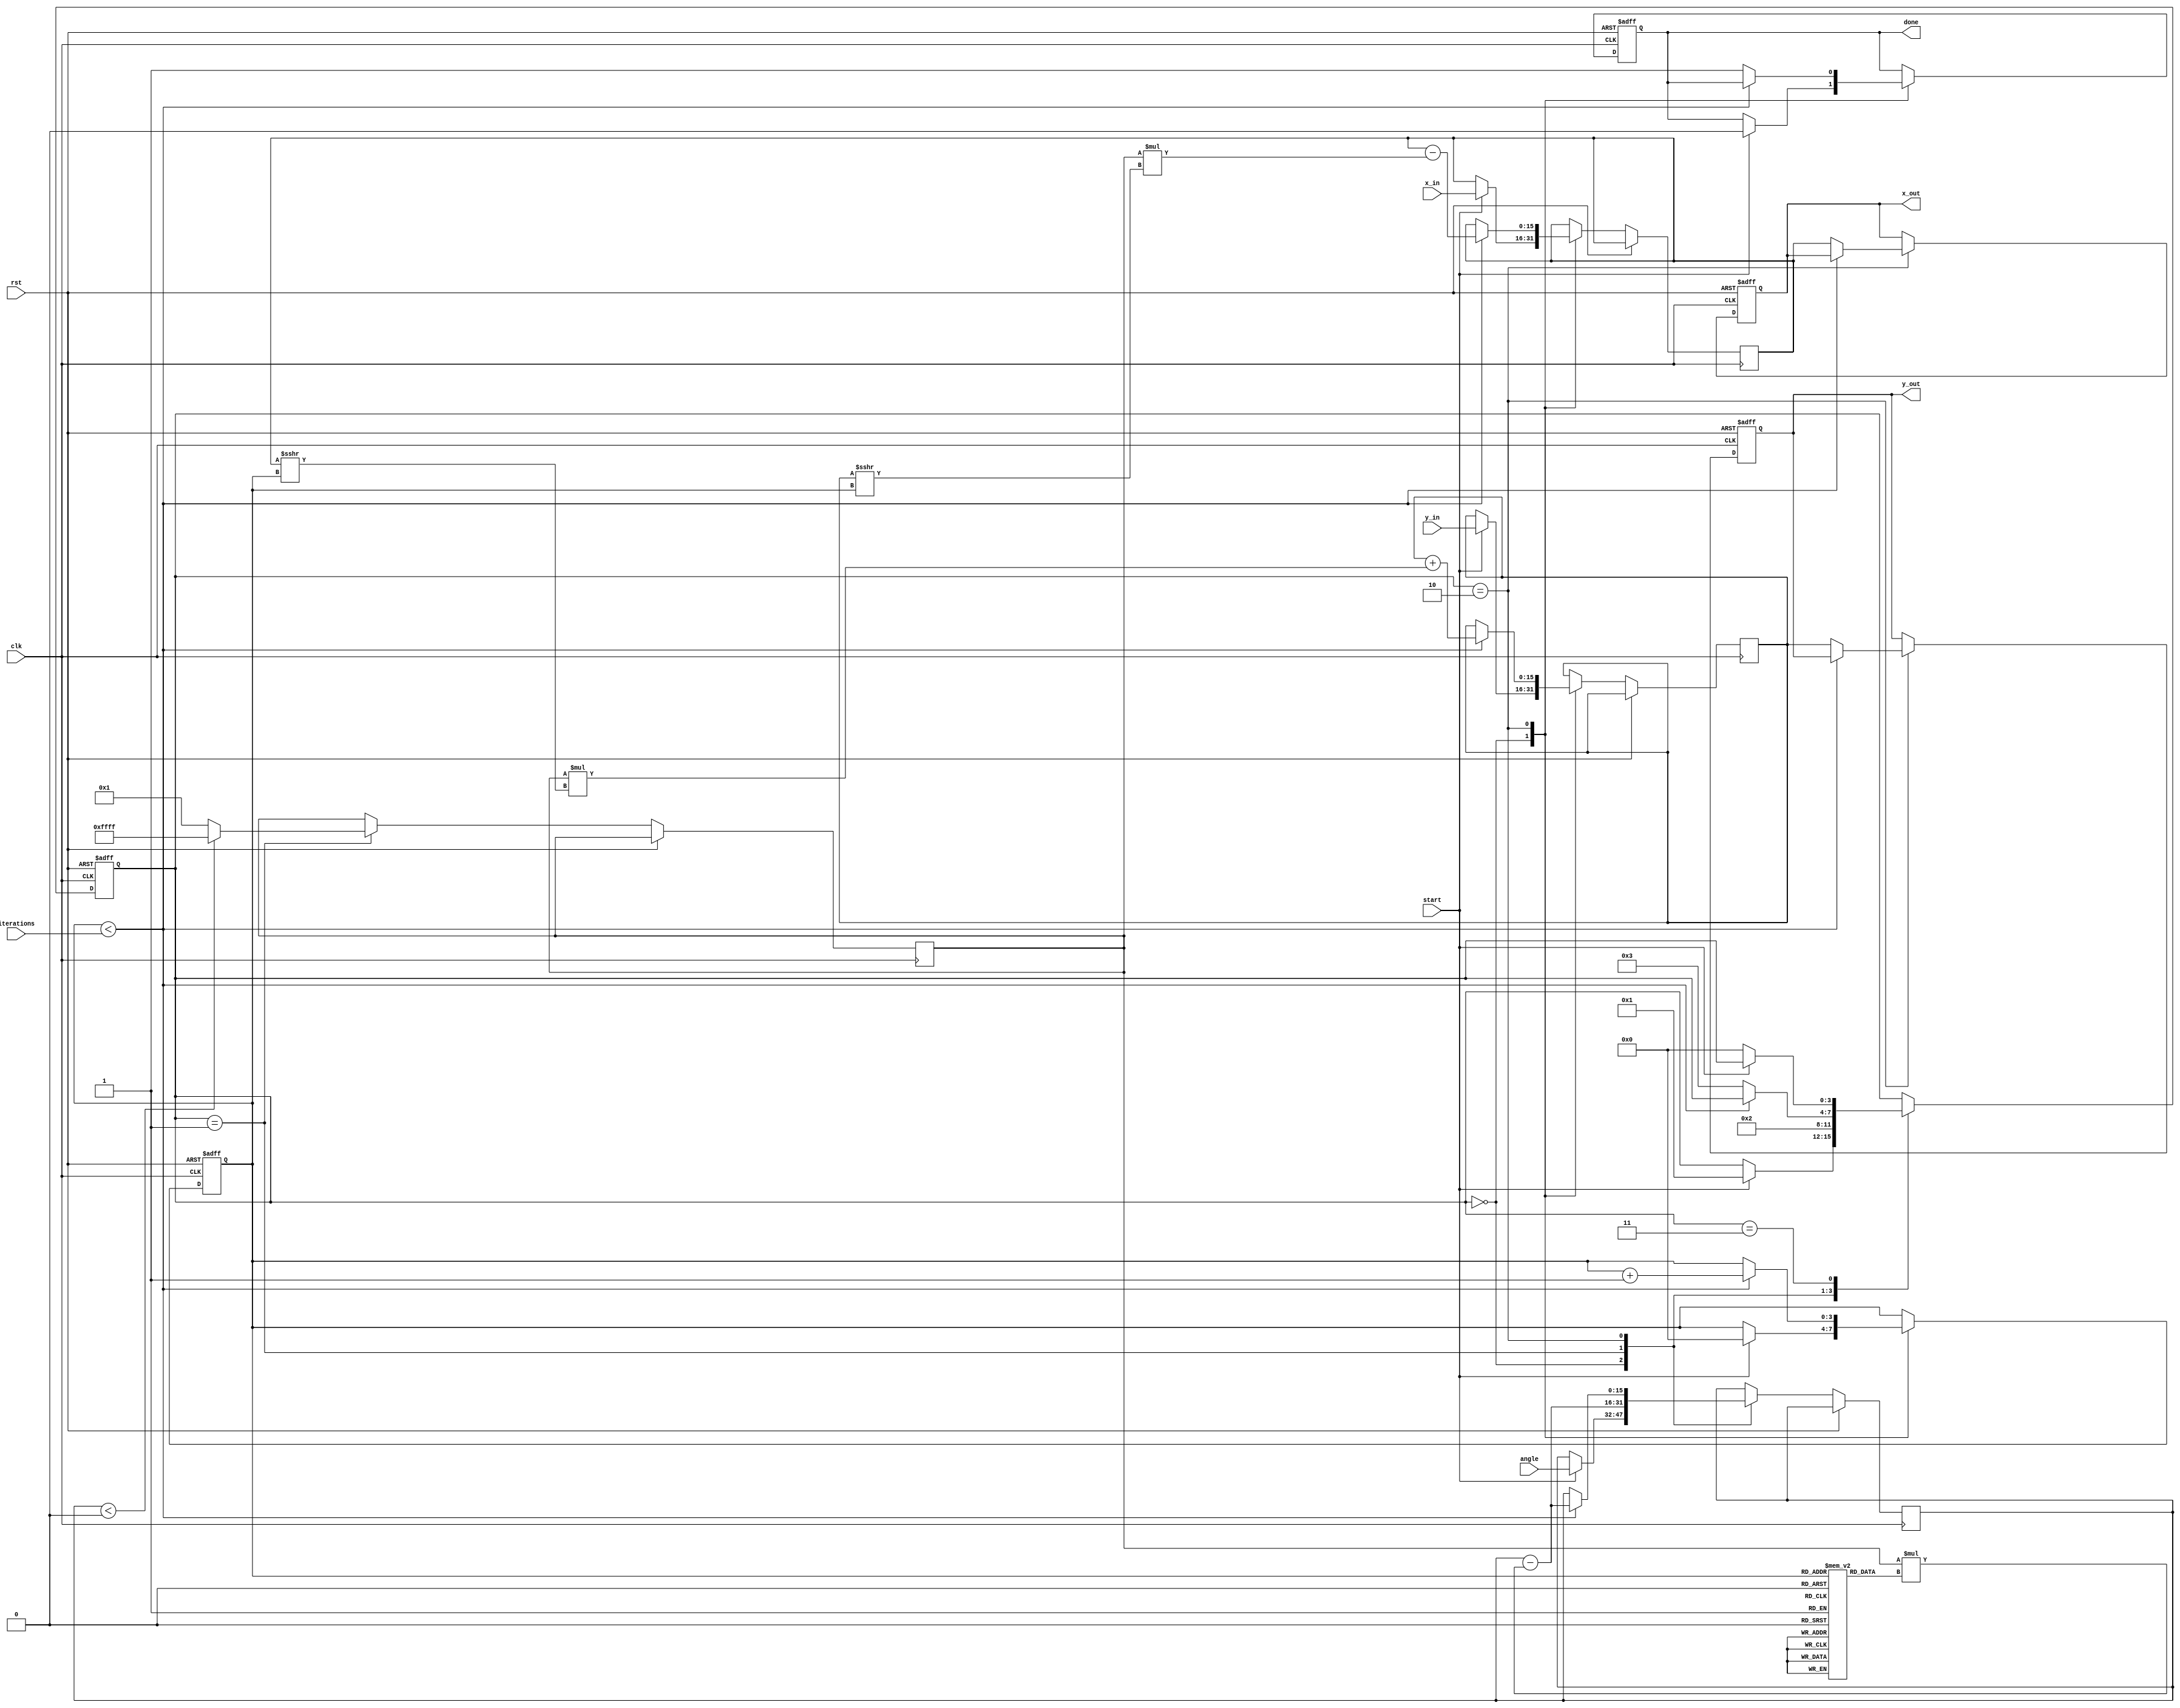
module cordic(
    input clk,
    input rst,
    input start,
    input signed [15:0] angle, // angle input in fixed-point representation
    input signed [15:0] x_in,   // x coordinate input
    input signed [15:0] y_in,   // y coordinate input
    input [3:0] iterations,      // number of iterations
    output reg signed [15:0] x_out, // output x coordinate (cosine)
    output reg signed [15:0] y_out, // output y coordinate (sine)
    output reg done              // done signal
);

    // Lookup table for arctangent values
    reg signed [15:0] atan_lut [0:15]; // LUT for atan(2^-i) values
    initial begin
        atan_lut[0] = 16'h3243; // atan(1) = pi/4
        atan_lut[1] = 16'h1DAC; // atan(0.5) = pi/6
        atan_lut[2] = 16'h0FAD; // atan(0.25) = pi/12
        atan_lut[3] = 16'h07F8; // atan(0.125) = pi/24
        atan_lut[4] = 16'h03FE; // atan(0.0625) = pi/48
        atan_lut[5] = 16'h01FF; // atan(0.03125) = pi/96
        atan_lut[6] = 16'h00FF; // atan(0.015625) = pi/192
        atan_lut[7] = 16'h007F; // atan(0.0078125) = pi/384
        atan_lut[8] = 16'h003F; // atan(0.00390625) = pi/768
        atan_lut[9] = 16'h001F; // atan(0.001953125) = pi/1536
        atan_lut[10] = 16'h000F; // atan(0.0009765625) = pi/3072
        atan_lut[11] = 16'h0007; // atan(0.00048828125) = pi/6144
        atan_lut[12] = 16'h0003; // atan(0.000244140625) = pi/12288
        atan_lut[13] = 16'h0001; // atan(0.0001220703125) = pi/24576
        atan_lut[14] = 16'h0000; // atan(0) = 0
        atan_lut[15] = 16'h0000; // atan(0) = 0
    end

    reg [3:0] state;
    reg [3:0] count;
    reg signed [15:0] x;
    reg signed [15:0] y;
    reg signed [15:0] angle_reg;
    reg signed [15:0] d;

    localparam IDLE = 0, INIT = 1, ITERATE = 2, DONE = 3;

    always @(posedge clk or posedge rst) begin
        if (rst) begin
            state <= IDLE;
            x_out <= 0;
            y_out <= 0;
            done <= 0;
            count <= 0;
        end else begin
            case (state)
                IDLE: begin
                    if (start) begin
                        x <= x_in;
                        y <= y_in;
                        angle_reg <= angle;
                        count <= 0;
                        state <= INIT;
                        done <= 0;
                    end
                end
                INIT: begin
                    // Determine rotation direction
                    d <= (angle_reg < 0) ? -1 : 1;
                    angle_reg <= angle_reg - d * atan_lut[count];
                    state <= ITERATE;
                end
                ITERATE: begin
                    if (count < iterations) begin
                        // CORDIC rotation equations
                        x <= x - (d * (y >>> count));
                        y <= y + (d * (x >>> count));
                        // Update angle
                        angle_reg <= angle_reg - (d * atan_lut[count]);
                        count <= count + 1;
                    end else begin
                        x_out <= x;
                        y_out <= y;
                        done <= 1;
                        state <= DONE;
                    end
                end
                DONE: begin
                    // Remain in done state until reset
                    if (!start) state <= IDLE;
                end
            endcase
        end
    end
endmodule